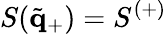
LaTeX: S(\tilde{\mathbf{q}}_{+})=S^{(+)}